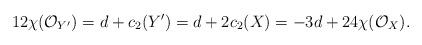
LaTeX: \begin{align*}12\chi(\mathcal{O}_{Y^{\prime}}) =d+c_2(Y^{\prime})=d+2c_2(X)=-3d+24\chi(\mathcal{O}_X).\end{align*}